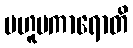
ဗဟူပကာရောတိ